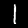
Label: 1